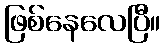
ဖြစ်နေလေပြီ။